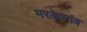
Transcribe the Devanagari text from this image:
मरकेगांव